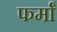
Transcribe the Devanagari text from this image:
फर्मां